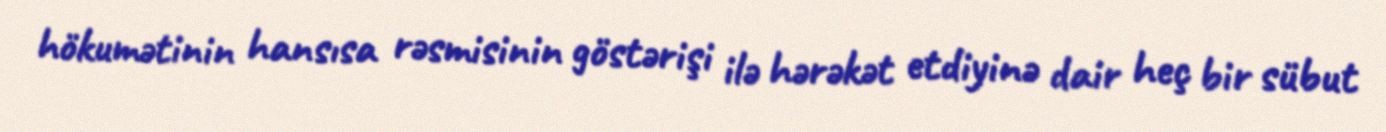
hökumətinin hansısa rəsmisinin göstərişi ilə hərəkət etdiyinə dair heç bir sübut